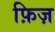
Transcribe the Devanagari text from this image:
फ़िज़